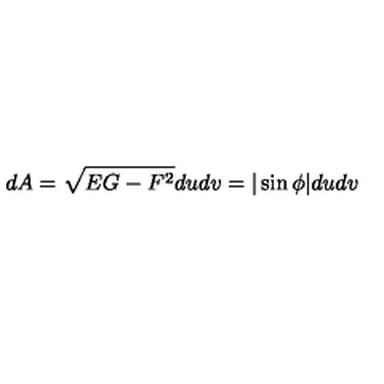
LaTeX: d A = \sqrt { E G - F ^ { 2 } } d u d v = | \sin \phi | d u d v